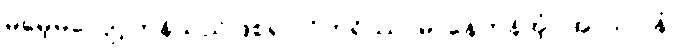
မမေ့မလျော့ကုန်သည်ဖြစ၍။ ဝိဟရိဿာမ၊ နေကုန်အံ့။ အာသဝါနံ၊